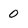
Character: 0